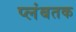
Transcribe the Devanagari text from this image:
प्लंबतक